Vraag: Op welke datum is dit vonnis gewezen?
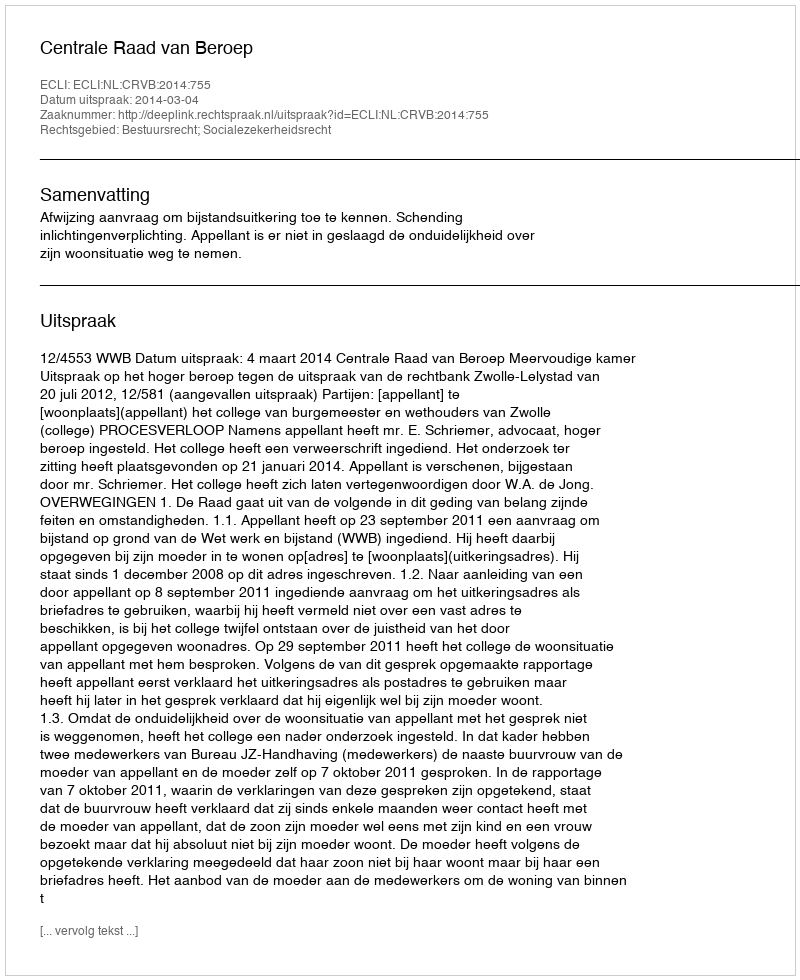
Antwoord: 2014-03-04